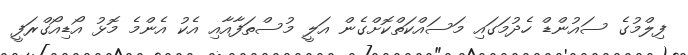
ފިލްމުގެ ސައުންޑް ހެދުމަގައި މަސައްކަތްކޮށްގެން އަލީ މުސްތަފާއާއި އެކު އެންމެ މޮޅު އޯޑިއޯގްރަފީ